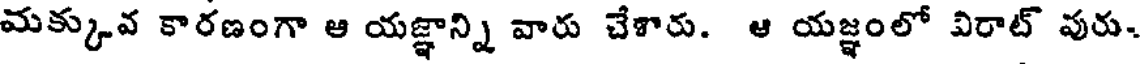
మక్కువ కారణంగా ఆ యజ్ఞాన్ని వారు చేశారు. ఆ యజ్ఞంలో విరాట్ వురు-